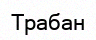
Трабан